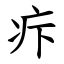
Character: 疜